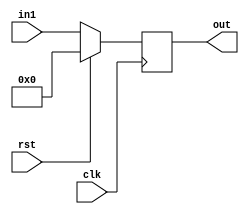
//////////////////////////////////////////////////////////////////////////////////
// Company: 
// Engineer: 
// 
// Design Name: 
// Module Name: P_REG
// Project Name: 
// Target Devices: 
// Tool Versions: 
// Description: 
// 
// Dependencies: 
// 
// Revision:
// Revision 0.01 - File Created
// Additional Comments:
// 
//////////////////////////////////////////////////////////////////////////////////


module p_reg #(parameter WL = 4)
            (input clk,rst,
            input [WL - 1:0] in1,
            output reg [WL - 1:0] out);
    
    always @(posedge clk) begin
        if(rst) out = 0;
        else out <= in1;
    end
endmodule